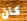
كان